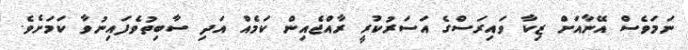
ނަމަވެސް އޭނާއަށް ޒިކާ ވައިރަސްގެ އަސަރުކުރީ ރާއްޖެއިން ކަމެއް އަދި ސާބިތުވެފައިނުވާ ކަމަށެވެ.